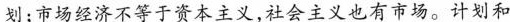
划；市场经济不等于资本主义，社会主义也有市场。计划和